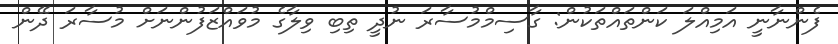
ފެންނާނީ އަމިއްލަ ކަންތައްތަކުން: ގާސިމްމުސާރަ ނުދީ ތިބި ވިލާގެ މުވައްޒަފުންނަށް މުސާރަ ދޭން